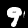
Label: 9